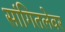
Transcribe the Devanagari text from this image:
सांगितलेवर